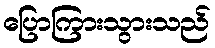
ပြောကြားသွားသည်